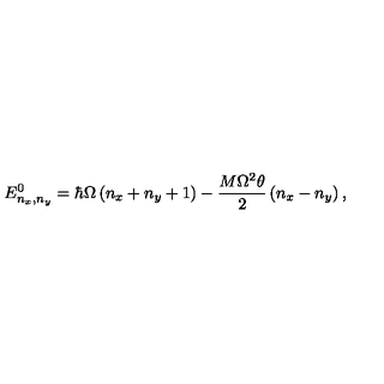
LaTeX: E _ { n _ { x } , n _ { y } } ^ { 0 } = \hbar \Omega \left( n _ { x } + n _ { y } + 1 \right) - \frac { M \Omega ^ { 2 } \theta } { 2 } \left( n _ { x } - n _ { y } \right) ,